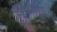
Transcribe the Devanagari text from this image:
रेमॉलिनो